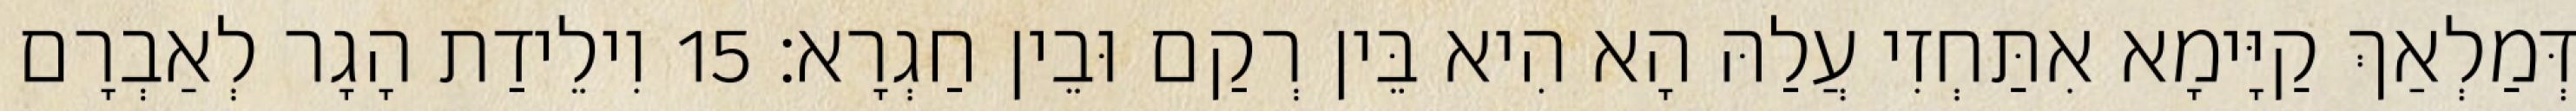
דְּמַלְאַךְ קַיָּימָא אִתַּחְזִי עֲלַהּ הָא הִיא בֵּין רְקַם וּבֵין חַגְרָא׃ 15 וִילֵידַת הָגָר לְאַבְרָם